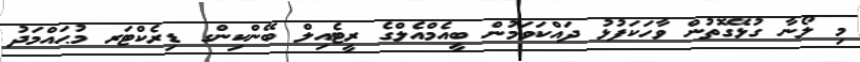
މި ލޯނާ ގުޅޭގޮތުން ވާހަކަފުޅު ދައްކަވަމުން ބީއެމްއެލްގެ ރީޓެއިލް ބޭންކިންގ ޑިރެކްޓަރ މުޙައްމަދު